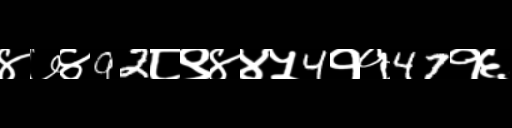
Text: ४७४92८९४४५4११47१६